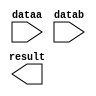
module add_mask (
	dataa,
	datab,
	result);

	input	[7:0]  dataa;
	input	[7:0]  datab;
	output	[7:0]  result;

endmodule